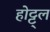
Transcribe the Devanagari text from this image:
होट्ट्ल